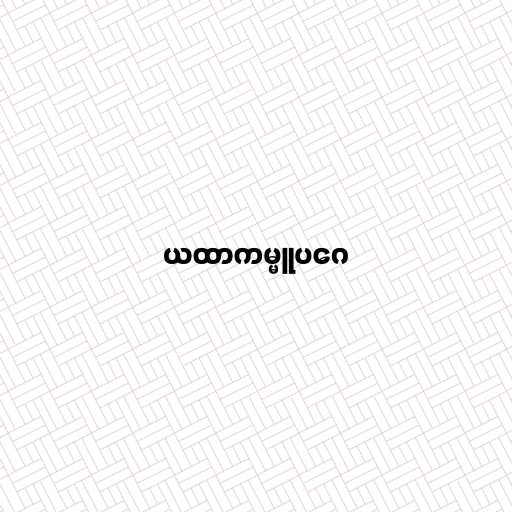
ယထာကမ္မူပဂေ